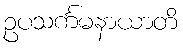
ဥပသင်္ကမနာယာတိ